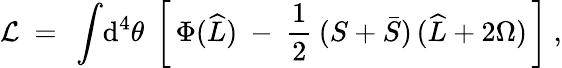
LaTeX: {\cal L}\ =\ \int\! \mathrm{d}^{4}\theta\ \left[\, \Phi(\widehat L)\ -\ \frac{1}{2}\: (S+\bar{S})\, (\widehat L+2\Omega)\, \right]\ ,